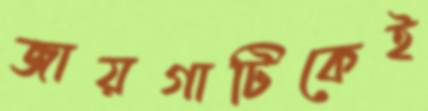
জায়গাটিকেই